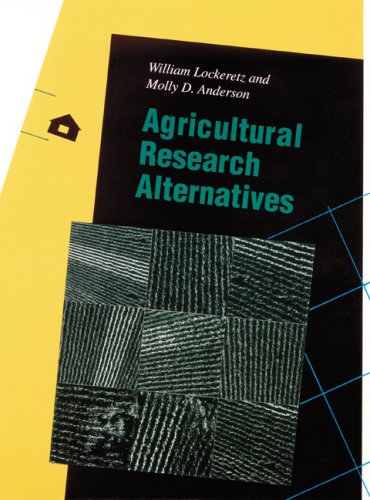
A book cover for Agricultural Research Alternatives (Our Sustainable Future); William Lockeretz; Crafts, Hobbies & Home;